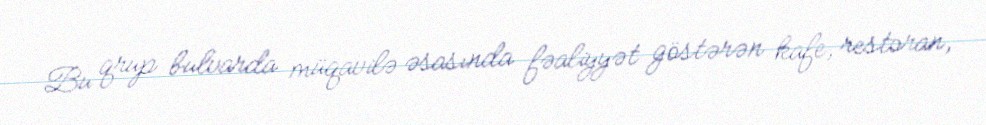
Bu qrup bulvarda müqavilə əsasında fəaliyyət göstərən kafe, restoran,